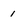
Character: 1